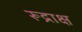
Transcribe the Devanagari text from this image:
रूद्राक्ष